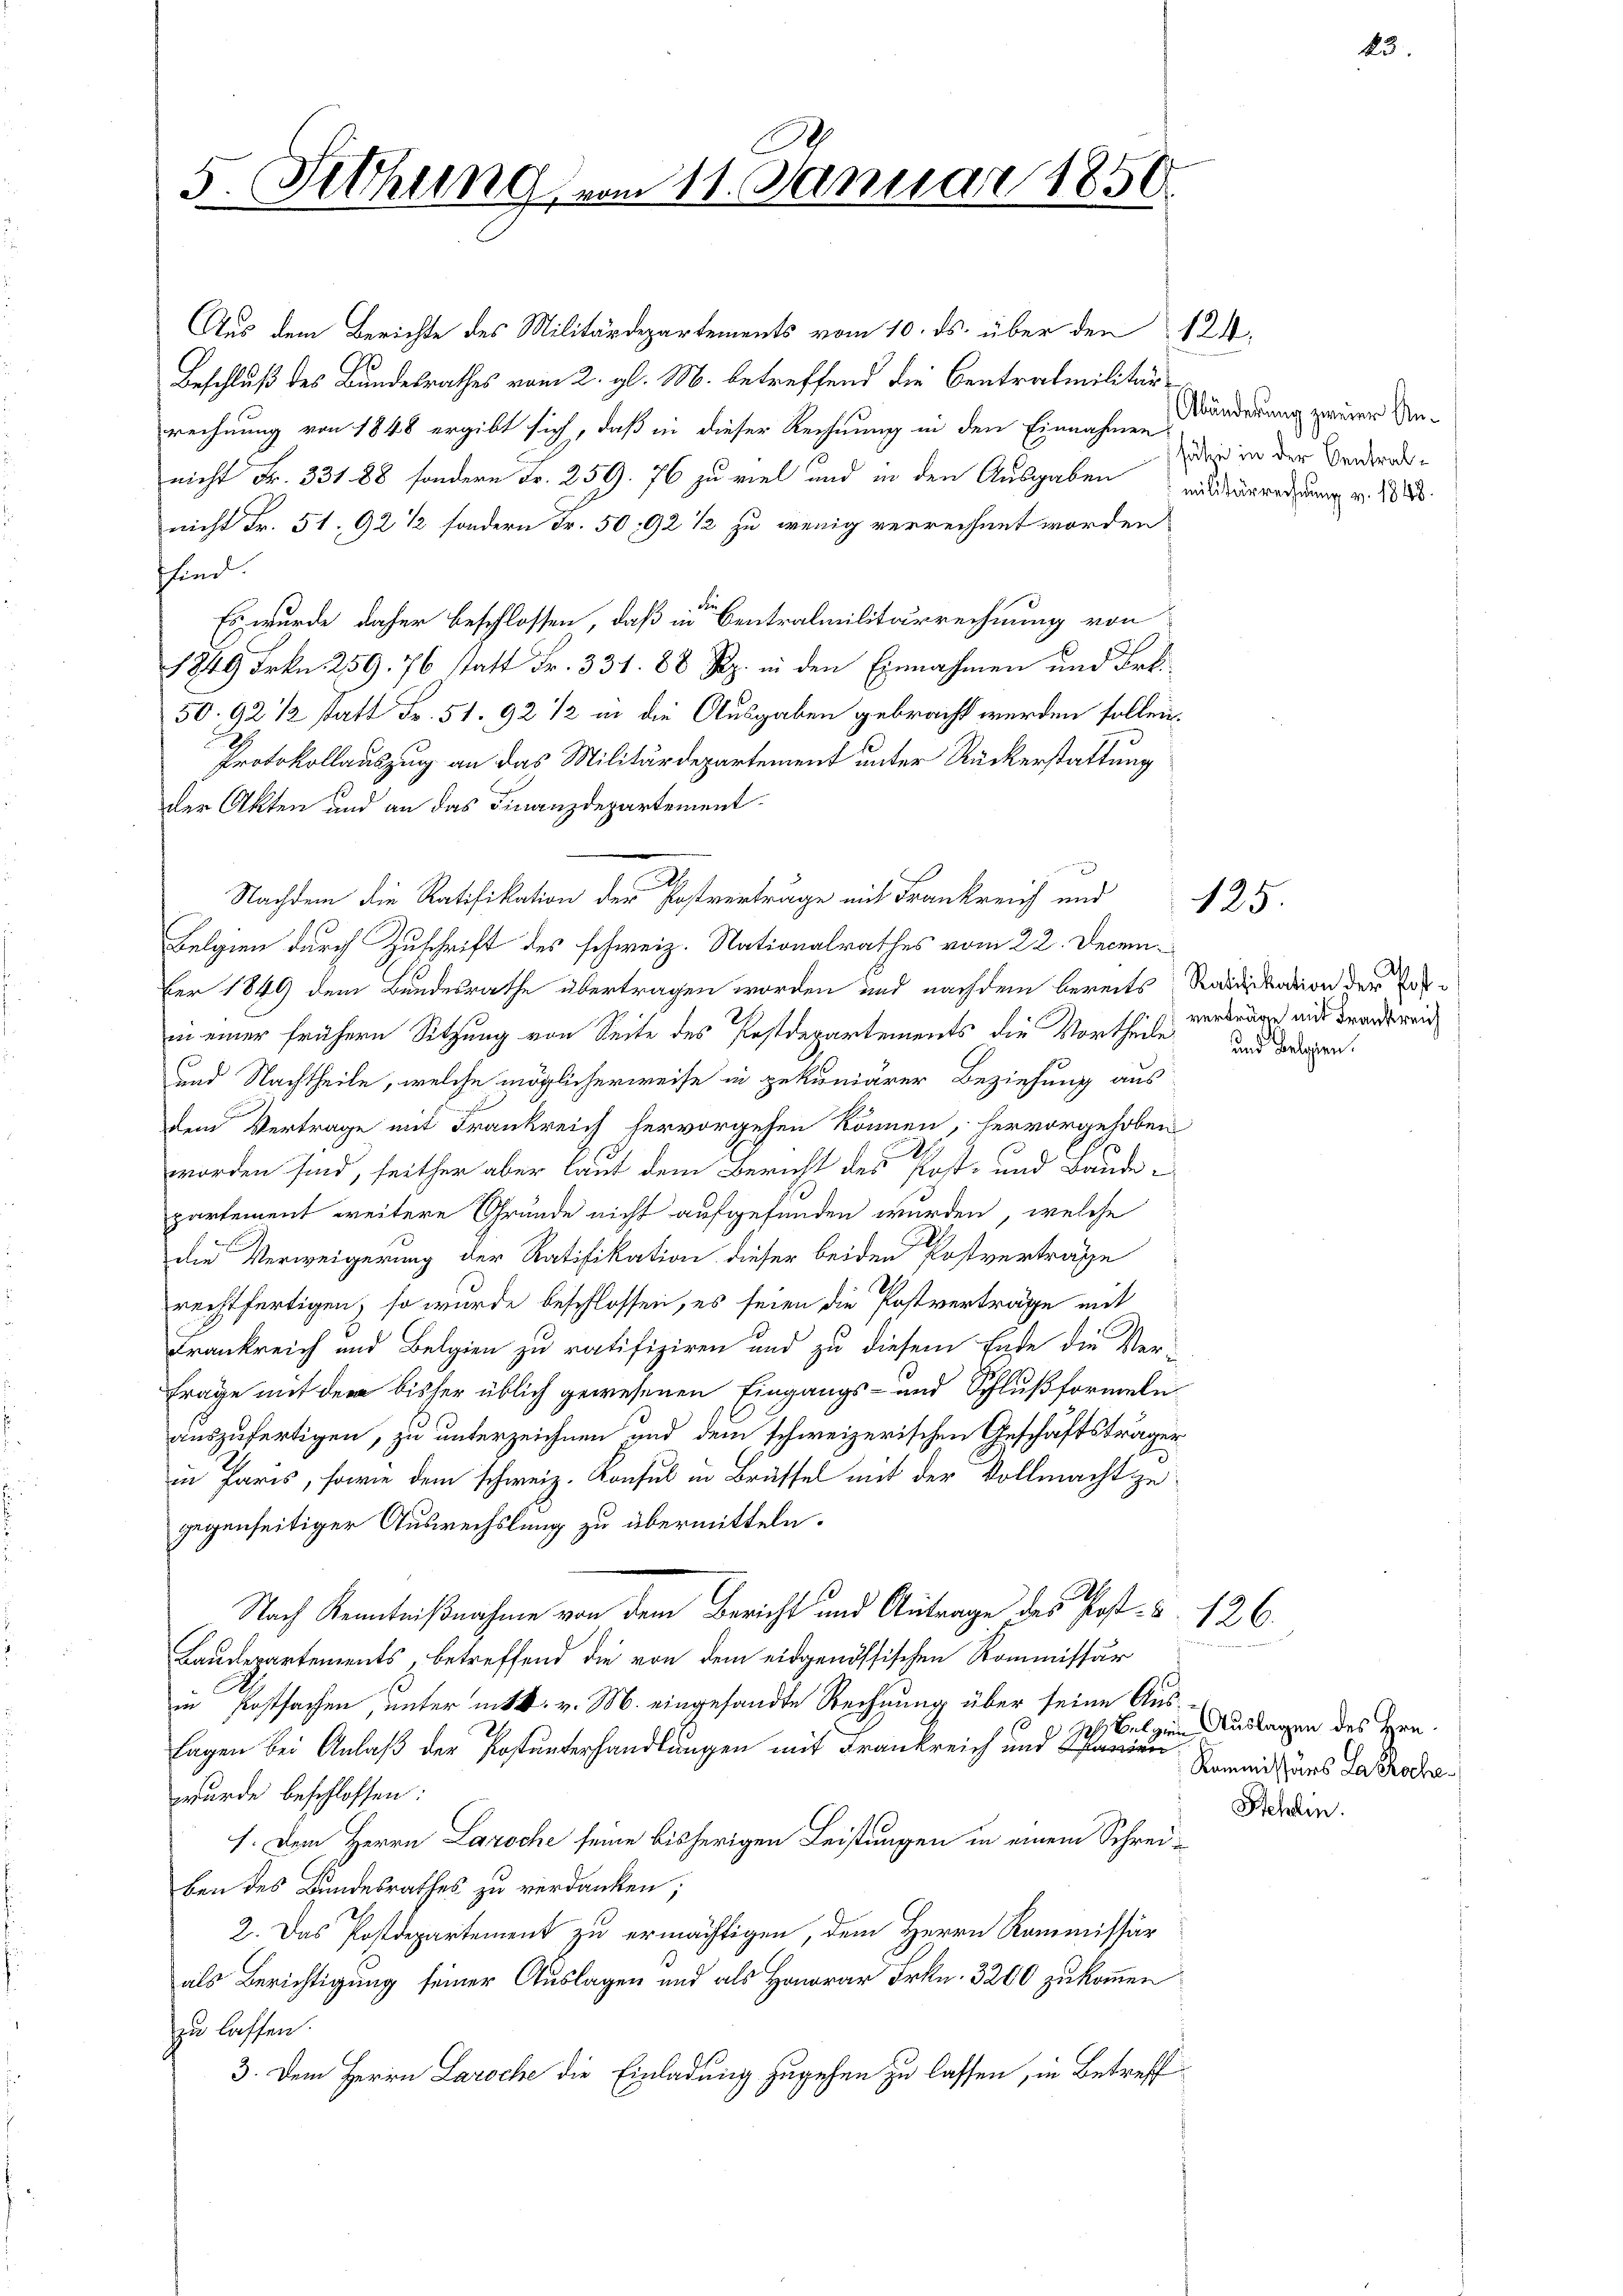
5. Fethung,

Aus dem Berichte des Militärdepartements vom 10. ds. über den 124.
Beschluß des Bundesrathes vom 2. gl. M. betreffend die Centratmilitärrechnung von 1848 ergibt sich, daß in dieser Rechnung in den Einnahmen
nicht Fr. 331 88, sondern Fr. 259. 76 zu viel und in den Ausgaben
nicht Fr. 51. 92 1/2 sondern Fr. 50, 92 1/2 zu wenig verrechnet worden
sind.
Es wurde daher beschlossen, daß in Centralmilitärrechnung von
1849 Frkn. 259. 76 statt Fr. 331. 88 Rp. in den Einnahmen und Frk.
50: 92 1/2 statt Fr. 51. 92 1/2 in die Ausgaben gebracht werden sollen.
Protokollauszug an das Militärdepartement unter Rückerstattung
der Akten und an das Finanzdepartement¬
Nachdem die Ratifikation der Postverträge mit Frankreich und
Belgien durch Zuschrift des schweiz. Nationalrathes vom 22. December 1849 dem Bundesrathe übertragen worden und nachdem bereits Radikation der
in einer frühern Sitzung von Seite des Postdepartements die Vortheile
und Nachtheile, welche möglicherweise in gekuniärer Beziehung aus
dem Vertrage mit Frankreich hervorgehen können, hervorgehoben
worden sind, seither aber laut dem Bericht des Post- und Baude
partement weitere Grunde nicht aufgefunden wurden, welche
die Verweigerung der Ratifikation dieser beiden Postverträge
rechtfertigen, so wurde beschlossen, es seien die Postverträge mit
Frankreich und Belgien zu ratifiziren und zu diesem Ende die Ver-
Frage mit der bisher üblich gewesenen Eingangs- und Schlußformeln
auszufertigen, zu unterzeichnen und dem schweizerischen Geschäftsträger
in Paris, sowie dem schweiz. Konsul in Brüssel mit der Vollmacht zu
gegenseitiger Auswechslung zu übermitteln.
Nach Kenntnißnahme von dem Bericht und Antrage des Post- u. 126
Baudepartements, betreffend die von dem eidgenössischen Kommissär
in Postsachen, unter mit k. v. M. eingesandte Rechnung über seine Auslagen bei Anlaß der Postunterhandlungen mit Frankreich und anden Sonders Lacrodawurde beschlossen:
1. Dem Herrn Laroche seine bisherigen Leistungen in einem Schreiben des Bundesrathes zu verdanken;
2. Das Postdepartement zu ermächtigen, dem Herrn Kommissär
als Berichtigung seiner Auslagen und als Honorar Frkn. 3200 zu kommen
zu lassen.
3. Dem Herrn Laroche die Einladung zugehen zu lassen, in Betreff

E.
vom 11. Januar 1856

Abänderung zweier Ansähe in der Centralmilitärrechnung v. 1848.

125.

verträge mit Frankreich

und belgien

M.Belzen Auslagen des Hrn.
Stehlin